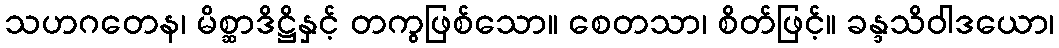
သဟဂတေန၊ မိစ္ဆာဒိဋ္ဌိနှင့် တကွဖြစ်သော။ စေတသာ၊ စိတ်ဖြင့်။ ခန္ဒသိဝါဒယော၊